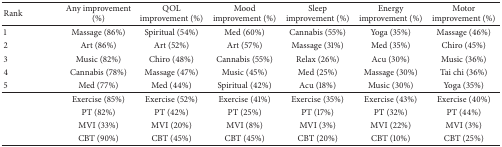
<table><thead><tr><td><b>Rank</b></td><td><b>Any improvement (%)</b></td><td><b>QOL improvement (%)</b></td><td><b>Mood improvement (%)</b></td><td><b>Sleep improvement (%)</b></td><td><b>Energy improvement (%)</b></td><td><b>Motor improvement (%)</b></td></tr></thead><tbody><tr><td>1</td><td>Massage (86%)</td><td>Spiritual (54%)</td><td>Med (60%)</td><td>Cannabis (55%)</td><td>Yoga (35%)</td><td>Massage (46%)</td></tr><tr><td>2</td><td>Art (86%)</td><td>Art (52%)</td><td>Art (57%)</td><td>Massage (31%)</td><td>Med (35%)</td><td>Chiro (45%)</td></tr><tr><td>3</td><td>Music (82%)</td><td>Chiro (48%)</td><td>Cannabis (55%)</td><td>Relax (26%)</td><td>Acu (30%)</td><td>Music (36%)</td></tr><tr><td>4</td><td>Cannabis (78%)</td><td>Massage (47%)</td><td>Music (45%)</td><td>Med (25%)</td><td>Massage (30%)</td><td>Tai chi (36%)</td></tr><tr><td>5</td><td>Med (77%)</td><td>Med (44%)</td><td>Spiritual (42%)</td><td>Acu (18%)</td><td>Music (30%)</td><td>Yoga (35%)</td></tr><tr><td> </td><td>Exercise (85%)</td><td>Exercise (52%)</td><td>Exercise (41%)</td><td>Exercise (35%)</td><td>Exercise (43%)</td><td>Exercise (40%)</td></tr><tr><td> </td><td>PT (82%)</td><td>PT (42%)</td><td>PT (25%)</td><td>PT (17%)</td><td>PT (32%)</td><td>PT (44%)</td></tr><tr><td> </td><td>MVI (33%)</td><td>MVI (20%)</td><td>MVI (8%)</td><td>MVI (3%)</td><td>MVI (22%)</td><td>MVI (3%)</td></tr><tr><td> </td><td>CBT (90%)</td><td>CBT (45%)</td><td>CBT (45%)</td><td>CBT (20%)</td><td>CBT (10%)</td><td>CBT (25%)</td></tr></tbody></table>